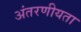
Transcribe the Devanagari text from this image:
अंतरणीयता